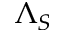
\Lambda _ { S }